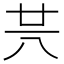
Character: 𠔏